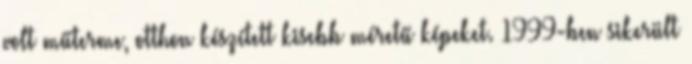
volt műterme, otthon készített kisebb méretű képeket. 1999-ben sikerült